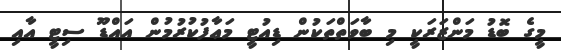
މީގެ ބޮޑު މަންޒަރަކީ މި ބާވަތްތަކުން ޑިއުޓީ މަޢާފުކުރުމުން އައްޑޫ ސިޓީ އާއި